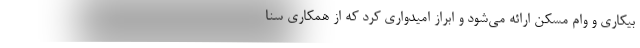
بیکاری و وام مسکن ارائه می‌شود و ابراز امیدواری کرد که از همکاری سنا